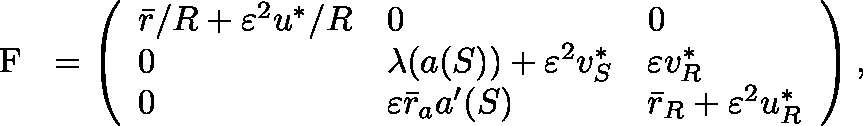
\begin{array} { r } { \mathrm { ~ \boldmath ~ { ~ F ~ } ~ } = \left( \begin{array} { l l l } { { \bar { r } } / { R } + \varepsilon ^ { 2 } { u ^ { * } } / { R } } & { 0 } & { 0 } \\ { 0 } & { \lambda ( { a } ( S ) ) + \varepsilon ^ { 2 } v _ { S } ^ { * } } & { \varepsilon v _ { R } ^ { * } } \\ { 0 } & { \varepsilon \bar { r } _ { a } { a } ^ { \prime } ( S ) } & { \bar { r } _ { R } + \varepsilon ^ { 2 } u _ { R } ^ { * } } \end{array} \right) , } \end{array}